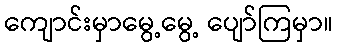
ကျောင်းမှာမွေ့မွေ့ ပျော်ကြမှာ။